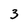
Character: 3